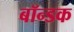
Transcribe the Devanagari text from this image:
बॉन्डक